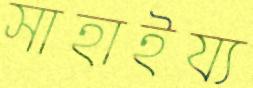
সাহাইয্য